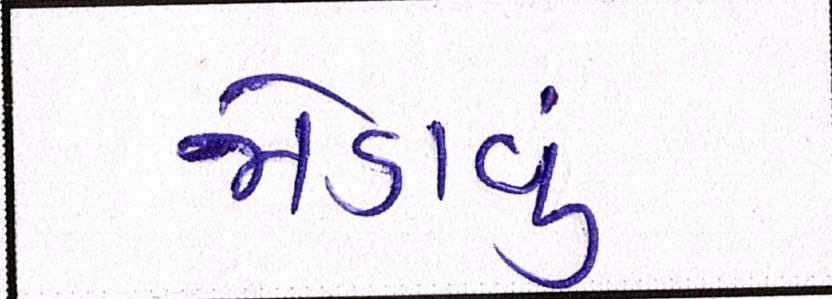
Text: જોડાવું